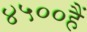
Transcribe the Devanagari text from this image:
४५००हैं